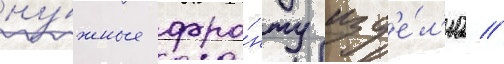
ну́жные фро́нту изд'е́л'иа //